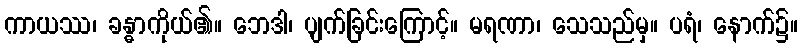
ကာယဿ၊ ခန္ဓာကိုယ်၏။ ဘေဒါ၊ ပျက်ခြင်းကြောင့်။ မရဏာ၊ သေသည်မှ။ ပရံ၊ နောက်၌။